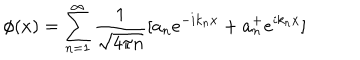
LaTeX: \phi ( x ) = \sum _ { n = 1 } ^ { \infty } { \frac { 1 } { \sqrt { 4 \pi n } } } [ a _ { n } e ^ { - i k _ { n } x } + a _ { n } ^ { + } e ^ { i k _ { n } x } ]